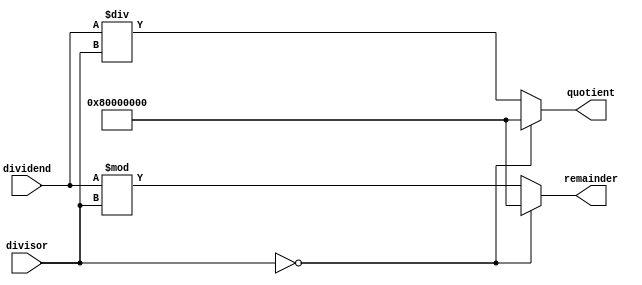
module Divider(
    input wire [31:0] dividend, 
    input wire [31:0] divisor,
    output reg [31:0] quotient,
    output reg [31:0] remainder
);

always @(*) begin
    if(divisor == 0) begin
        // Handle division by zero error
        quotient = 32'h80000000; // Assign error value to quotient
        remainder = 32'h80000000; // Assign error value to remainder
    end 
    else begin
        // Perform division operation
        quotient = dividend / divisor;
        remainder = dividend % divisor;
    end
end

endmodule